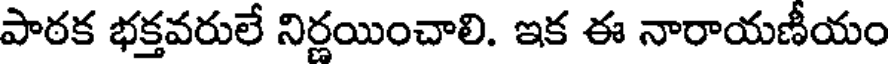
పాఠక భక్తవరులే నిర్ణయించాలి. ఇక ఈ నారాయణీయం